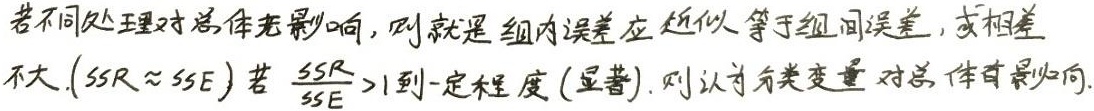
若不同处理对总体无影响，则就是组内误差应近似等于组间误差，或相差不大（$SSR\approx SSE$）。若 $\frac{SSR}{SSE}>1$ 到一定程度（显著），则认为分类变量对总体有影响。